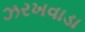
ઝરખવાડા